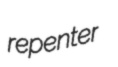
repenter